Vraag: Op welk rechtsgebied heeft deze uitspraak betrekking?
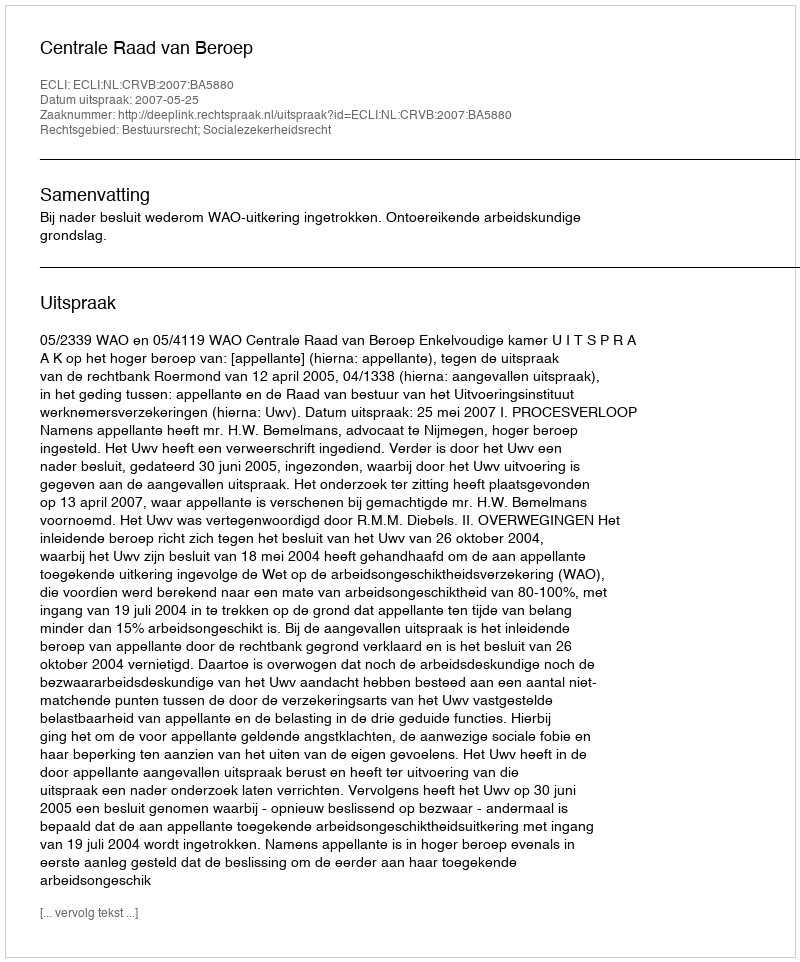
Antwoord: Bestuursrecht; Socialezekerheidsrecht